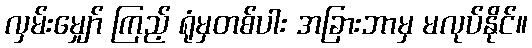
လှမ်းမျှော် ကြည့် ရုံမှတစ်ပါး အခြားဘာမှ မလုပ်နိုင်။